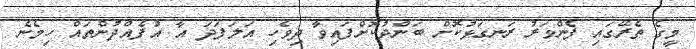
މީގެ ތެރޭގައި ފެންވަރު ރަނގަޅުކޮށް ބަންދުކޮށްފައިވާ ދިވެހި އަލަފަދަ އާ އުފެއްދުންތައް ހިމެނެ